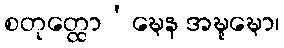
စတုတ္ထော’ဍ္ဎေန အဍ္ဎုဍ္ဎော၊